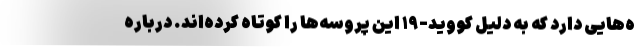
ه‌هایی دارد که به دلیل کووید-۱۹ این پروسه‌ها را کوتاه کرده‌اند. درباره